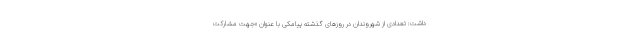
داشت: تعدادی از شهروندان در روزهای گذشته پیامکی با عنوان «جهت مشارکت